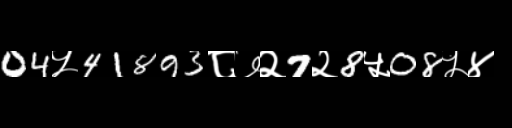
Text: 04५41893८७२7२8५08५४